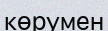
көрумен